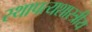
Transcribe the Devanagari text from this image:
स्थापत्यशास्त्रीय